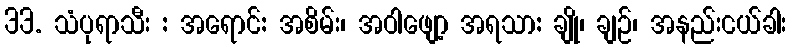
33. သံပုရာသီး : အရောင်: အစိမ်း၊ အဝါဖျော့ အရသာ: ချို၊ ချဉ်၊ အနည်းငယ်ခါး